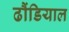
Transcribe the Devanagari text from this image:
ढौंडियाल